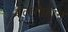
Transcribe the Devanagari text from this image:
बेलरोफ़ान